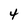
Character: 4